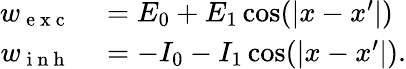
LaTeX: \begin{array}{rl}{w_{\mathrm{~e~x~c~}}}&{{}=E_{0}+E_{1}\cos(\lvert x-x^{\prime}\rvert)}\\ {w_{\mathrm{~i~n~h~}}}&{{}=-I_{0}-I_{1}\cos(\lvert x-x^{\prime}\rvert).}\end{array}